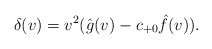
\begin{align*} \delta(v)=v^2(\hat{g}(v)-c_{+0}\hat{f}(v)).\end{align*}